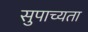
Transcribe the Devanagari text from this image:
सुपाच्यता